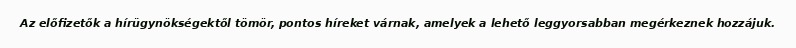
Az előfizetők a hírügynökségektől tömör, pontos híreket várnak, amelyek a lehető leggyorsabban megérkeznek hozzájuk.